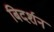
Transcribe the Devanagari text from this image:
बिदर्शन